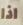
اذا